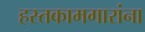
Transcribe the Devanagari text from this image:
हस्तकामगारांना